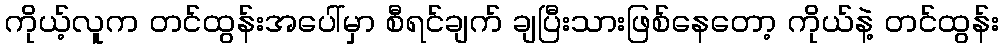
ကိုယ့်လူက တင်ထွန်းအပေါ်မှာ စီရင်ချက် ချပြီးသားဖြစ်နေတော့ ကိုယ်နဲ့ တင်ထွန်း